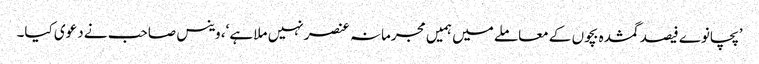
’پچانوے فیصد گمشدہ بچوں کے معاملے میں ہمیں مجرمانہ عنصر نہیں ملا ہے‘، وینس صاحب نے دعوی کیا۔